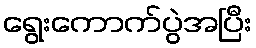
ရွေးကောက်ပွဲအပြီး